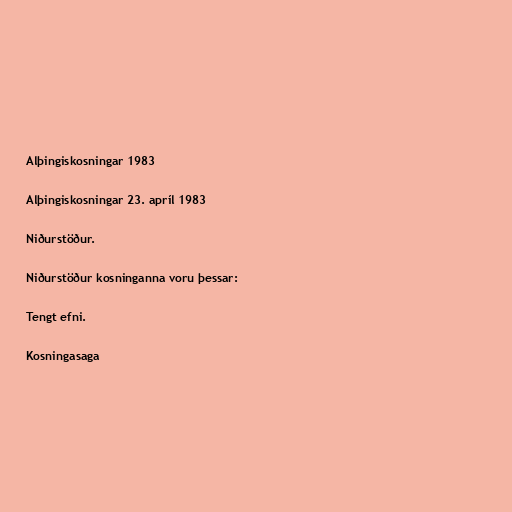
Alþingiskosningar 1983

Alþingiskosningar 23. apríl 1983

Niðurstöður.

Niðurstöður kosninganna voru þessar:

Tengt efni.

Kosningasaga